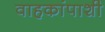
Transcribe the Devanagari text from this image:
वाहकांपाशी